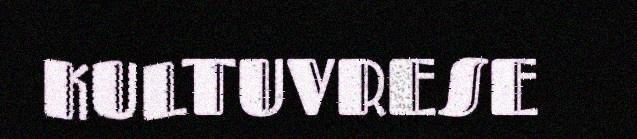
KULTUVRESE